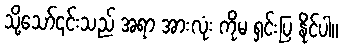
သို့သော်၎င်းသည် အရာ အားလုံး ကိုမ ရှင်းပြ နိုင်ပါ။